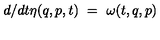
{ d } / { d t } \eta ( q , p , t ) \ = \ \omega ( t , q , p )